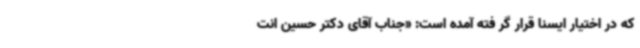
که در اختیار ایسنا قرار گر فته آمده است: «جناب آقای دکتر حسین انت